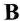
B